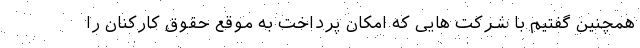
همچنین گفتیم با شرکت هایی که امکان پرداخت به موقع حقوق کارکنان را